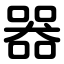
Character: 器